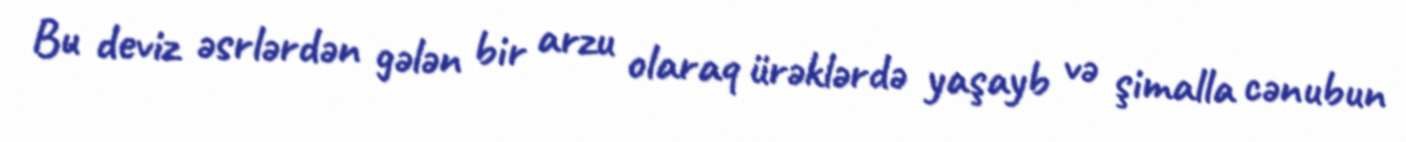
Bu deviz əsrlərdən gələn bir arzu olaraq ürəklərdə yaşayb və şimalla cənubun